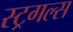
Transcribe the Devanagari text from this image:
स्ट्रगल्स